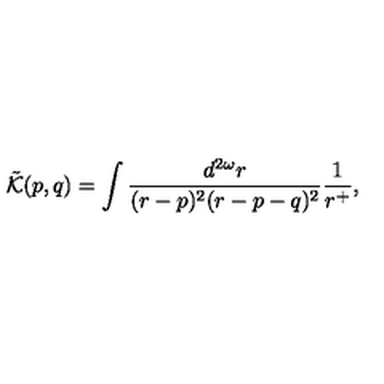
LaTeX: \tilde { { \cal K } } ( p , q ) = \int \frac { d ^ { 2 \omega } r } { ( r - p ) ^ { 2 } ( r - p - q ) ^ { 2 } } \frac { 1 } { r ^ { + } } ,